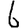
Digit: 6